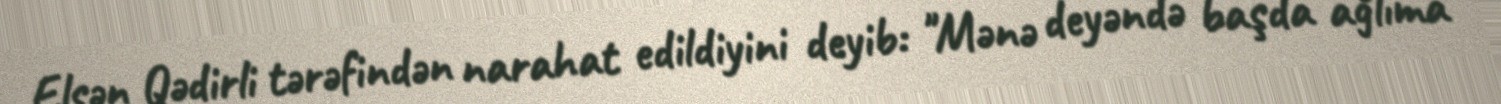
Elşən Qədirli tərəfindən narahat edildiyini deyib: "Mənə deyəndə başda ağlıma